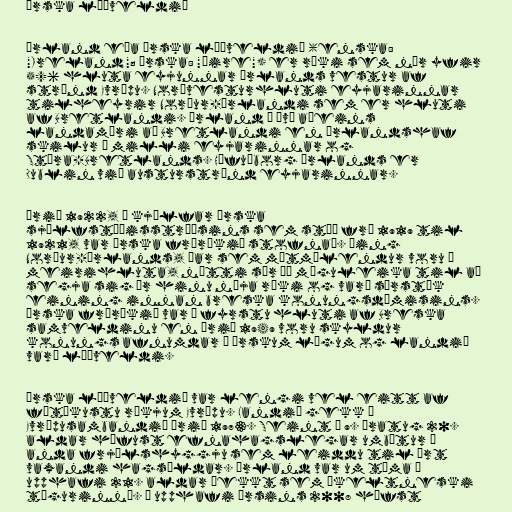
Írska lýðveldið

Írland eða Írska lýðveldið (enska:
"Ireland"; írska: "Éire") er ríki sem nær yfir
5/6 hluta eyjunnar Írlands vestur af
strönd Evrópu. Norðvesturhluti eyjarinnar
tilheyrir Norður-Írlandi sem er hluti
af Bretlandi. Írland á því aðeins
landamæri að Bretlandi en Írlandshaf
skilur á milli eyjarinnar og
Stóra-Bretlands. Höfuðborg Írlands er
Dublin við austurströnd eyjarinnar.

Árið 1922, í kjölfar írska
sjálfstæðisstríðsins sem stóð frá 1919 til
1921, var Írska fríríkið stofnað. Þing
Norður-Írlands, þar sem mótmælendur voru í
meirihluta, nýtti sér þá möguleika til að
segja sig úr hinu nýja ríki og varð sérstök
eining innan breska konungsdæmisins.
Írska fríríkið var í fyrstu hluti af Breska
samveldinu en árið 1949 voru skyldur
konungs afnumdar í írskum lögum og landið
varð lýðveldi.

Írska lýðveldið var lengi vel eitt af
fátækustu ríkjum Evrópu. Landið gekk í
Evrópusambandið árið 1973. Seint á 9. áratug 20.
aldar hófust efnahagslegar umbætur í
anda frjálshyggju sem leiddu til ört
vaxandi hagsældar. Írland var um tíma í
upphafi 21. aldar þekkt sem „keltneski
tígurinn“. Í upphafi ársins 2008 hófst